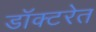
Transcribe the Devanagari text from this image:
डॉक्टरेत